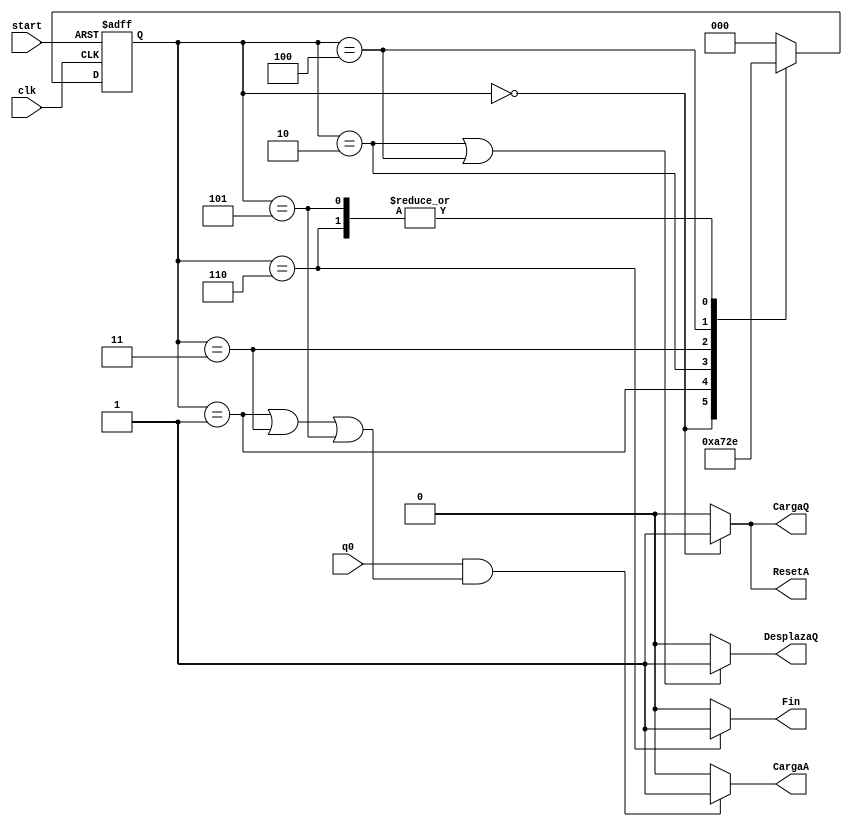
module uc #(parameter retardo = 1) (input wire q0, start, clk, output wire CargaQ, DesplazaQ, ResetA, CargaA, Fin);

reg [2:0] state, nextstate; //Variables para los estados actual y siguiente

//Codificacin de los estados
parameter S0 = 3'b000;  //declaracion de constantes que representan los estados
parameter S1 = 3'b001;
parameter S2 = 3'b010;
parameter S3 = 3'b011;
parameter S4 = 3'b100;
parameter S5 = 3'b101;
parameter S6 = 3'b110;

//Registro de estado, cambia en cada ciclo de reloj por el nuevo estado
always @ (posedge clk, posedge start)
  if (start)
    state <= #retardo S0;
  else
    state <= #retardo nextstate;

//Funcin de transicin
always @(*)
  case (state)            //Aqui las asignaciones podran ser bloqueantes, ya que modelamos una funcin combinacional
    S0: nextstate <= S1;
    S1: nextstate <= S2;
    S2: nextstate <= S3;
    S3: nextstate <= S4;
    S4: nextstate <= S5;
    S5: nextstate <= S6;
    S6: nextstate <= S6;
    default: nextstate <= S0;
  endcase

// Funcin de Salida
assign CargaQ = (state == S0)? 1 : 0; //a 1 si el estado es S0
assign DesplazaQ = ((state == S2)|(state == S4))? 1:0;
assign ResetA = ((state == S0))? 1 : 0;
assign CargaA = (q0 & ((state == S1)|(state == S3)|(state == S5)))? 1 : 0;
assign Fin = (state == S6) ? 1 : 0;

endmodule